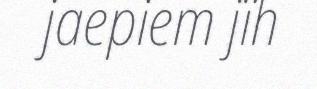
jaepiem jïh